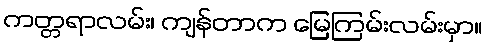
ကတ္တရာလမ်း၊ ကျန်တာက မြေကြမ်းလမ်းမှာ။